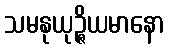
သမနုယုဉ္ဇိယမာနော